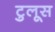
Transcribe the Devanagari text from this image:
टुलूस